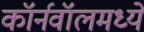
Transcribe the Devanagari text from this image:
कॉर्नवॉलमध्ये